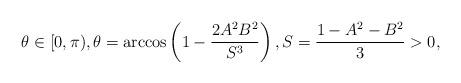
LaTeX: \begin{align*}\theta\in[0,\pi),\theta=\arccos\left(1-\frac{2A^2B^2}{S^3}\right),S=\frac{1-A^2-B^2}{3}>0,\end{align*}